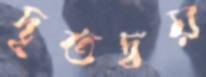
দূতদ্বয়